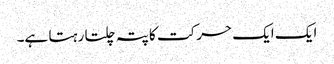
ایک ایک حرکت کا پتہ چلتا رہتا ہے۔